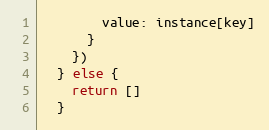
Language: JavaScript
        value: instance[key]
      }
    })
  } else {
    return []
  }